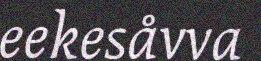
eekesåvva